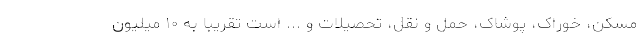
مسکن، خوراک، پوشاک، حمل و نقل، تحصیلات و ... است تقریباً به ۱۰ میلیون